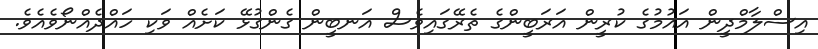
އިސްލާމްދީން އައުމުގެ ކުރީން އަރަބީންގެ ތެރޭގައިވެސް އަނބީން ގެންގުޅޭ ކަށެއް ވަކި ހައްދެއްނޯވެއެވެ.